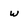
Character: w